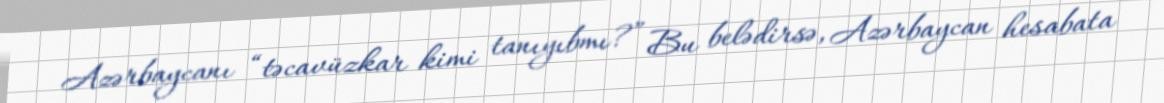
Azərbaycanı “təcavüzkar kimi tanıyıbmı?” Bu belədirsə, Azərbaycan hesabata